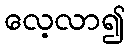
လေ့လာ၍